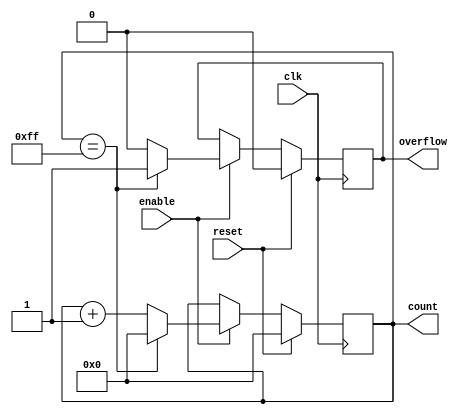
module MemoryBlocksWindowedCounter #(
    parameter WINDOW_SIZE = 8,  // Size of the window (number of bits for the counter)
    parameter INITIAL_VALUE = 0, // Initial count value
    parameter COUNT_UP = 1       // 1 for counting up, 0 for counting down
)(
    input wire clk,              // Clock signal
    input wire reset,            // Reset signal (active high for synchronous reset)
    input wire enable,           // Enable signal to control counting
    output reg [WINDOW_SIZE-1:0] count, // Current count value
    output reg overflow          // Overflow indicator
);

    // Synchronous reset and counting
    always @(posedge clk) begin
        if (reset) begin
            count <= INITIAL_VALUE;
            overflow <= 0;
        end else if (enable) begin
            if (COUNT_UP) begin
                if (count == (1 << WINDOW_SIZE) - 1) begin // Check for overflow
                    count <= 0;  // Wrap around
                    overflow <= 1; // Set overflow indicator
                end else begin
                    count <= count + 1; // Increment count
                    overflow <= 0; // Reset overflow indicator
                end
            end else begin
                if (count == 0) begin // Check for underflow
                    count <= (1 << WINDOW_SIZE) - 1; // Wrap around to max value
                    overflow <= 1; // Set overflow indicator
                end else begin
                    count <= count - 1; // Decrement count
                    overflow <= 0; // Reset overflow indicator
                end
            end
        end
    end

endmodule